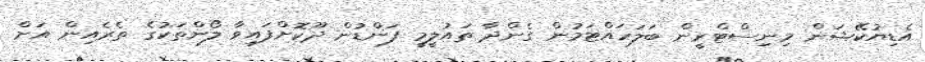
އެޑިޔުކޭޝަން މިނިސްޓްރީން ބަލަހައްޓަމުން ގެންދާ ތައުލީމީ ފަންޑުން ދޫކޮށްފައިވާ ލޯންތަކުގެ ތެރެއިން އަށް